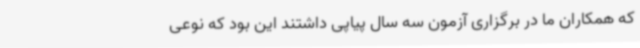
که همکاران ما در برگزاری آزمون سه سال پیاپی داشتند این بود که نوعی